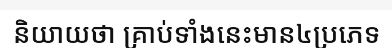
និយាយថា គ្រាប់ទាំងនេះមាន៤ប្រភេទ